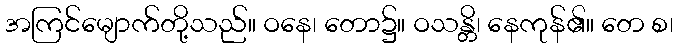
အကြင်မျောက်တို့သည်။ ဝနေ၊ တော၌။ ဝသန္တိ၊ နေကုန်၏။ တေ စ၊